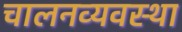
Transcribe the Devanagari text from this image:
चालनव्यवस्था